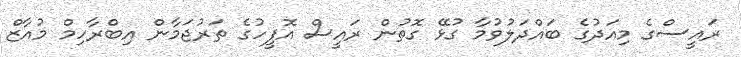
ރައީސްގެ މިއަދުގެ ބައްދަލުވުމާ ގުޅޭ ގޮތުން ރައީސް އޮފީހުގެ ތަރުޖަމާން އިބްރާހިމް މުއާޒް